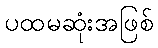
ပထမဆုံးအဖြစ်